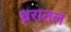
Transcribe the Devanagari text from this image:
ध्ररातल